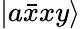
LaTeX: \left|a\bar{x}xy\right\rangle